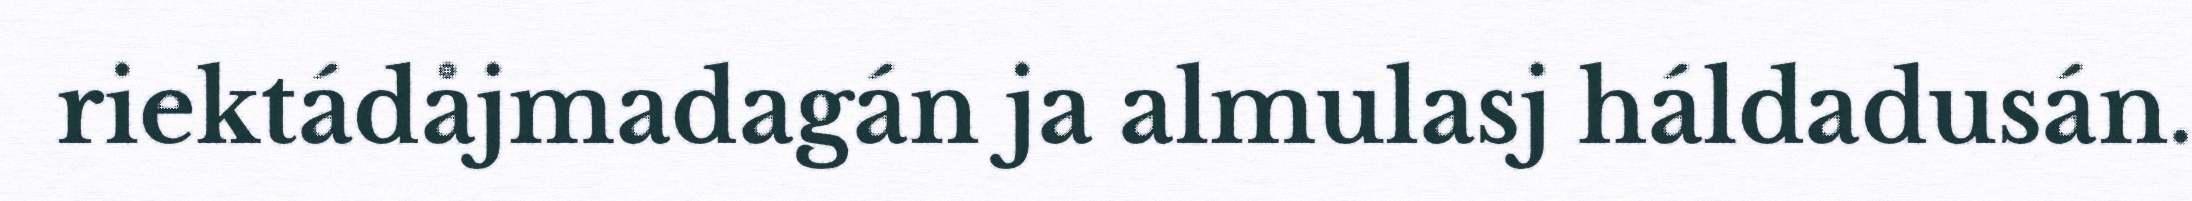
riektádåjmadagán ja almulasj háldadusán.